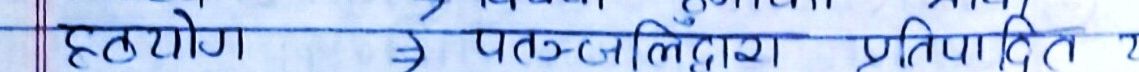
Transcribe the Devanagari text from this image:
हठयोग ई पतञ्जलिद्वारा प्रतिपादित य